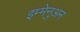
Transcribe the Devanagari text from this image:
इम्मेनुअन